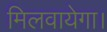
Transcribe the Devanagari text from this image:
मिलवायेगा।